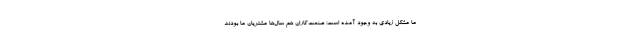
ما مشکل زیادی به وجود آمده است؛ صنعت‌کاران هم سال‌ها مشتریان ما بودند